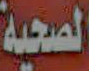
الصحية